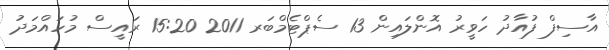
އާސިފް ފުއާދު ހަވީރު އޮންލައިން 13 ސެޕްޓެމްބަރ 2011 15:20 ރައީސް މުހައްމަދު